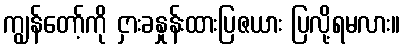
ကျွန်တော့်ကို ငှားခနှုန်းထားပြဇယား ပြလို့ရမလား။